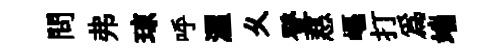
問弗琼呼渥乆登慈嶇打爲端